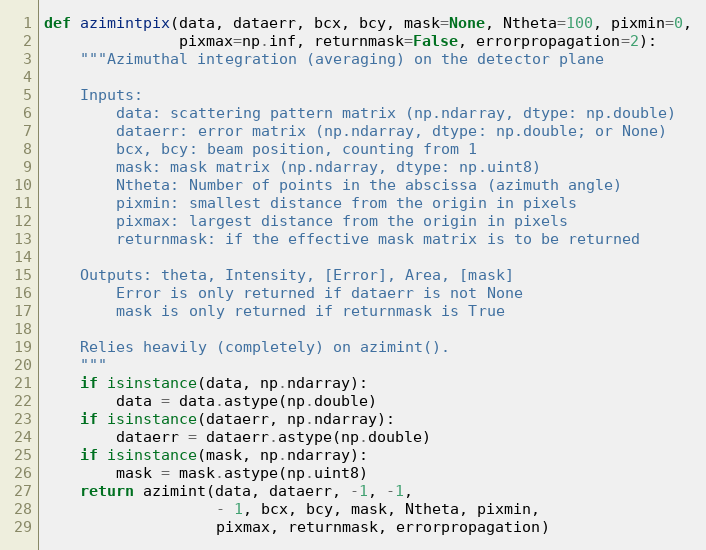
Language: Python
def azimintpix(data, dataerr, bcx, bcy, mask=None, Ntheta=100, pixmin=0,
               pixmax=np.inf, returnmask=False, errorpropagation=2):
    """Azimuthal integration (averaging) on the detector plane

    Inputs:
        data: scattering pattern matrix (np.ndarray, dtype: np.double)
        dataerr: error matrix (np.ndarray, dtype: np.double; or None)
        bcx, bcy: beam position, counting from 1
        mask: mask matrix (np.ndarray, dtype: np.uint8)
        Ntheta: Number of points in the abscissa (azimuth angle)
        pixmin: smallest distance from the origin in pixels
        pixmax: largest distance from the origin in pixels
        returnmask: if the effective mask matrix is to be returned

    Outputs: theta, Intensity, [Error], Area, [mask]
        Error is only returned if dataerr is not None
        mask is only returned if returnmask is True

    Relies heavily (completely) on azimint().
    """
    if isinstance(data, np.ndarray):
        data = data.astype(np.double)
    if isinstance(dataerr, np.ndarray):
        dataerr = dataerr.astype(np.double)
    if isinstance(mask, np.ndarray):
        mask = mask.astype(np.uint8)
    return azimint(data, dataerr, -1, -1,
                   - 1, bcx, bcy, mask, Ntheta, pixmin,
                   pixmax, returnmask, errorpropagation)